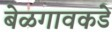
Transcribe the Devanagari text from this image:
बेळगावकडे